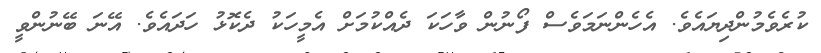
ކުރެވެމުންދިޔައެވެ. އެހެންނަމަވެސް ފޯނުން ވާހަކަ ދެއްކުމަށް އެމީހަކު ދެކޮޅު ހަދައެވެ. އޭނަ ބޭނުންވީ